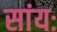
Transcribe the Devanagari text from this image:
सांयः